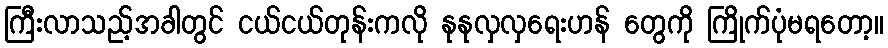
ကြီးလာသည့်အခါတွင် ငယ်ငယ်တုန်းကလို နုနုလှလှရေးဟန် တွေကို ကြိုက်ပုံမရတော့။